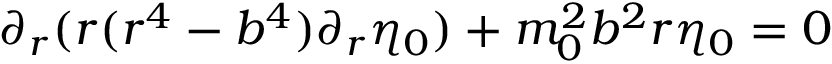
\partial _ { r } ( r ( r ^ { 4 } - b ^ { 4 } ) \partial _ { r } \eta _ { 0 } ) + m _ { 0 } ^ { 2 } b ^ { 2 } r \eta _ { 0 } = 0